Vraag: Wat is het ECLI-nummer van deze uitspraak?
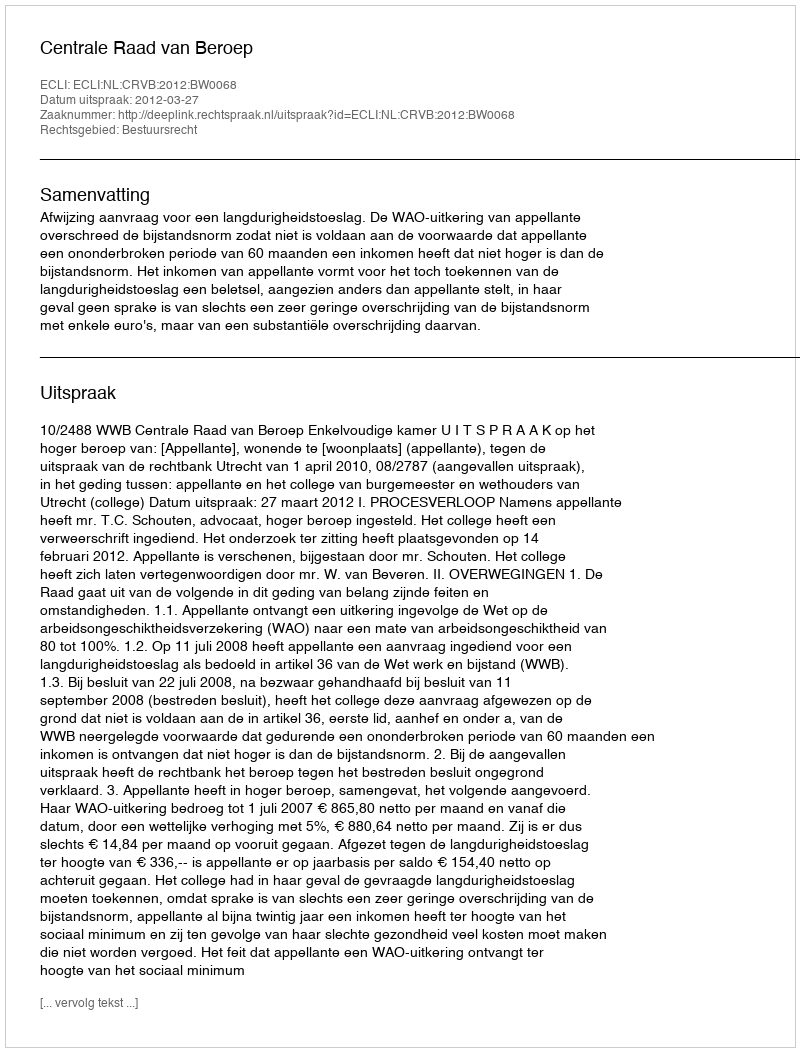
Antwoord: ECLI:NL:CRVB:2012:BW0068